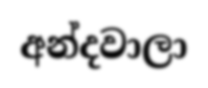
අන්දවාලා